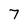
Character: 7